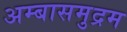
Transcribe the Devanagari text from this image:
अम्बासमुद्रम